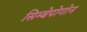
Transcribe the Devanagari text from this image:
सिम्बेपोगोन